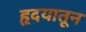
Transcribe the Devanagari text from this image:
हृदयातून